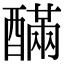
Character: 䤍